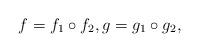
LaTeX: \begin{align*}f=f_1\circ f_2, g=g_1\circ g_2,\end{align*}